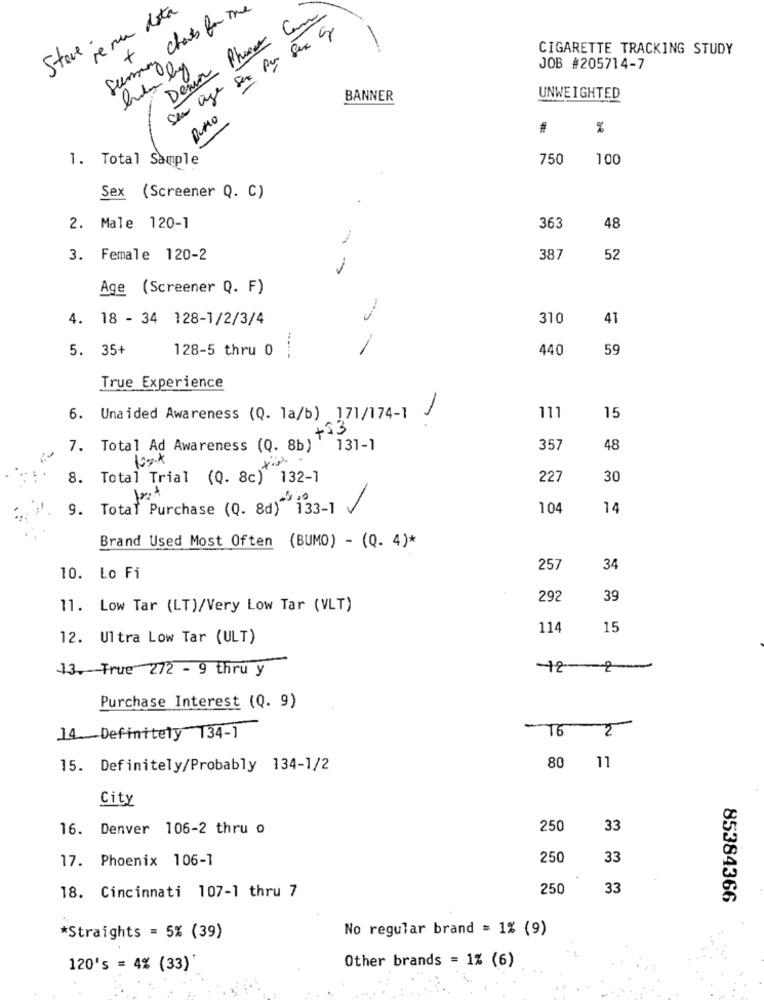
re mu data
Summary chats for the
Dema Phere Came
sem üye sur Pr Ser c
Steve :
+
CIGARETTE TRACKING STUDY
JOB #205714-7
BANNER
UNWEIGHTED
RUMO
#
%
1. Total Sample
750
100
Sex (Screener Q. C)
2. Male 120-1
363
48
-
3. Female 120-2
387
52
Age (Screener Q. F)
4. 18 - 34 128-1/2/3/4
310
41
5. 35+
128-5 thru 0
440
59
True Experience
6. Unaided Awareness (Q. 1a/b) 171/174-1
111
15
+33
7. Total Ad Awareness (Q. 8b)
131-1
357
48
8. Total Trial (Q. 8c) 132-1
227
30
9. Total Purchase (Q. 8d) 133-1
-
104
14
Brand Used Most Often (BUMO) - (Q. 4)*
257
34
10. Lo Fi
292
39
11. Low Tar (LT)/Very Low Tar (VLT)
114
15
12. Ultra Low Tar (ULT)
13. True 272 - 9 thru y
12-2 --
Purchase Interest (Q. 9)
14 Definitely 134-1
16 2
15. Definitely/Probably 134-1/2
80 11
City
16. Denver 106-2 thru o
250
33
17. Phoenix 106-1
250
33
18. Cincinnati 107-1 thru 7
250
33
85384366
No regular brand = 1% (9)
*Straights = 5% (39)
Other brands = 1% (6)
120's = 4% (33)